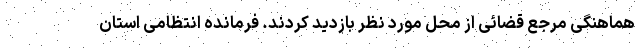
هماهنگی مرجع قضائی از محل مورد نظر بازدید کردند. فرمانده انتظامی استان